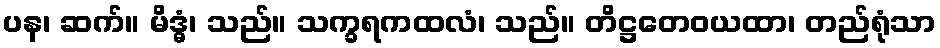
ပန၊ ဆက်။ မိဒ္ဓံ၊ သည်။ သက္ခရကထလံ၊ သည်။ တိဋ္ဌတေဝယထာ၊ တည်ရုံသာ